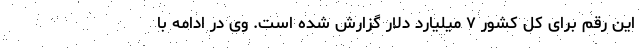
این رقم برای کل کشور ۷ میلیارد دلار گزارش شده است. وی در ادامه با